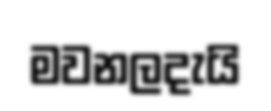
මවනලදැයි